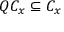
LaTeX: Q C _ { x } \subseteq C _ { x }